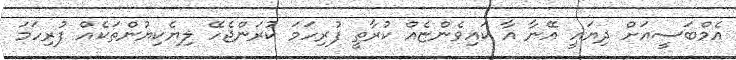
އެމްބަސީއަށް ދިޔައީ އޭނާ އާ ކައިވެންޏެއް ކުރާތީ ފުރިހަމަ ކުރަންޖެހޭ ލިޔެކިޔުންތަކެއް ފުރިހަމަ